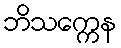
ဘိသက္ကေန